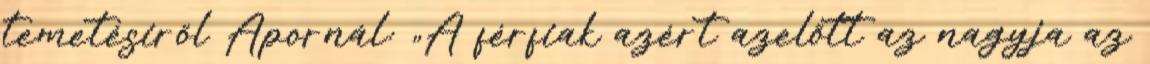
temetésirõl Apornál: „A férfiak azért azelőtt az nagyja az